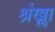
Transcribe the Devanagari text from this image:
श्रंख्ला